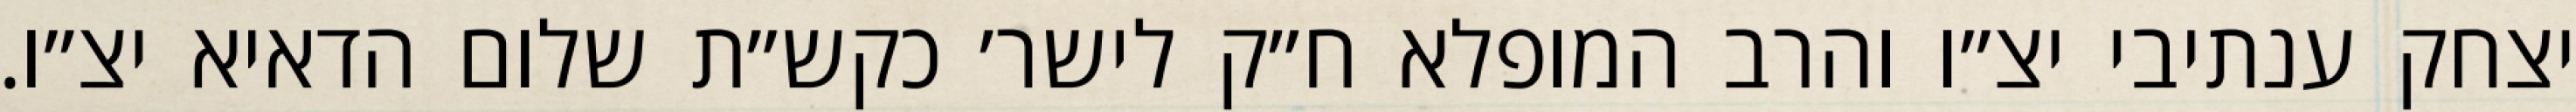
יצחק ענתיבי יצ״ו והרב המופלא ח״ק לישר׳ כקש״ת שלום הדאיא יצ״ו.